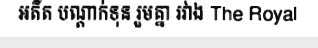
អតីត បណ្តាក់ទុន រួមគ្នា រវាង The Royal